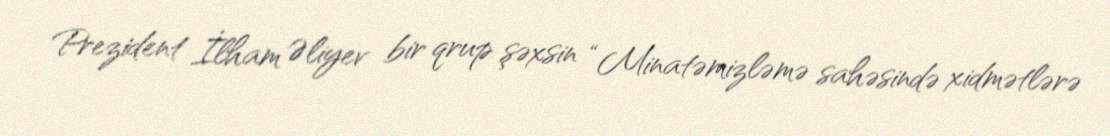
Prezident İlham Əliyev bir qrup şəxsin “Minatəmizləmə sahəsində xidmətlərə